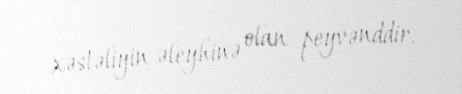
xəstəliyin əleyhinə olan peyvənddir.